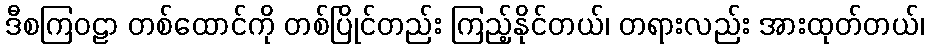
ဒီစကြဝဠာ တစ်ထောင်ကို တစ်ပြိုင်တည်း ကြည့်နိုင်တယ်၊ တရားလည်း အားထုတ်တယ်၊